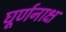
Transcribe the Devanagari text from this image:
घूर्णनाक्ष